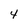
Character: 4